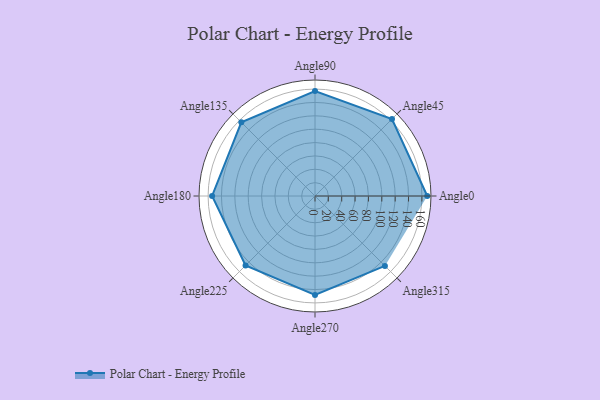
{"axis": {"x": "Angle", "y": "Radius"}, "legend": [""], "data": [{"x": "Angle0", "y": 168.0, "type": ""}, {"x": "Angle45", "y": 163.0, "type": ""}, {"x": "Angle90", "y": 157.0, "type": ""}, {"x": "Angle135", "y": 156.0, "type": ""}, {"x": "Angle180", "y": 154.0, "type": ""}, {"x": "Angle225", "y": 147.0, "type": ""}, {"x": "Angle270", "y": 148.0, "type": ""}, {"x": "Angle315", "y": 148.0, "type": ""}]}